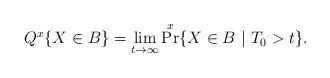
LaTeX: \begin{align*}Q^x\{X\in B\} = \lim_{t\rightarrow \infty} \Pr^x\{X\in B~|~T_0>t\}.\end{align*}